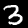
Label: 3